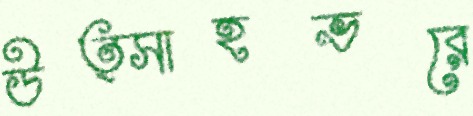
উত্সাহভরে